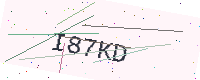
Text: I87KD